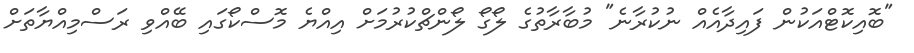
"ބޮއިކޮޓްއަކުން ފައިދާއެއް ނުކުރާނެ" މުބާރާތުގެ ލޯގޯ ލޯންޗްކުރުމަށް އިއްޔެ މޮސްކޯގައި ބޭއްވި ރަސްމިއްޔާތަށް